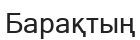
Барақтың